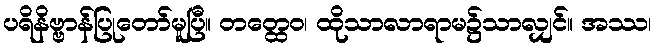
ပရိနိဗ္ဗာန်ပြုတော်မူပြီ။ တတ္ထေဝ၊ ထိုသာလာရာမ၌သာလျှင်။ အဿ၊